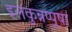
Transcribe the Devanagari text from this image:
इलंकुन्नप्पुष़ा